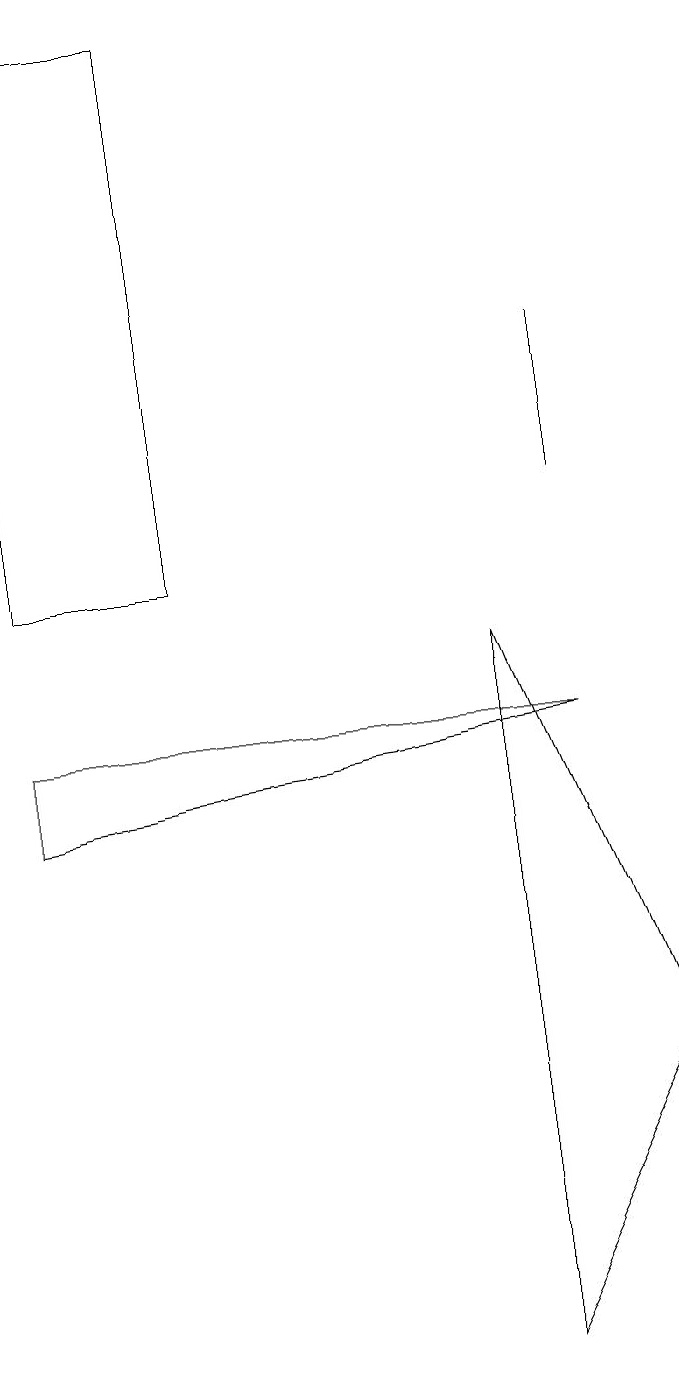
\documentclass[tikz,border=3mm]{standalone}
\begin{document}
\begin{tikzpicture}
\draw (3,10) rectangle (1,17);
\draw (1,7) -- (8,8) -- (1,8) -- cycle;
\draw (7,0) -- (7,9) -- (9,4) -- cycle;
\draw (8,11) rectangle (8,13);
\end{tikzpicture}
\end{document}